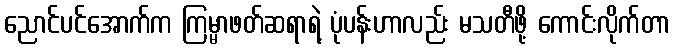
ညောင်ပင်အောက်က ကြမ္မာဖတ်ဆရာရဲ့ ပုံပန်းဟာလည်း မသတီဖို့ ကောင်းလိုက်တာ